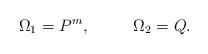
LaTeX: \begin{align*}\Omega_1=P^m,~~~~~~~~\Omega_2=Q.\end{align*}